Calcutta medical institutions reports 1871-78
Year: 1871
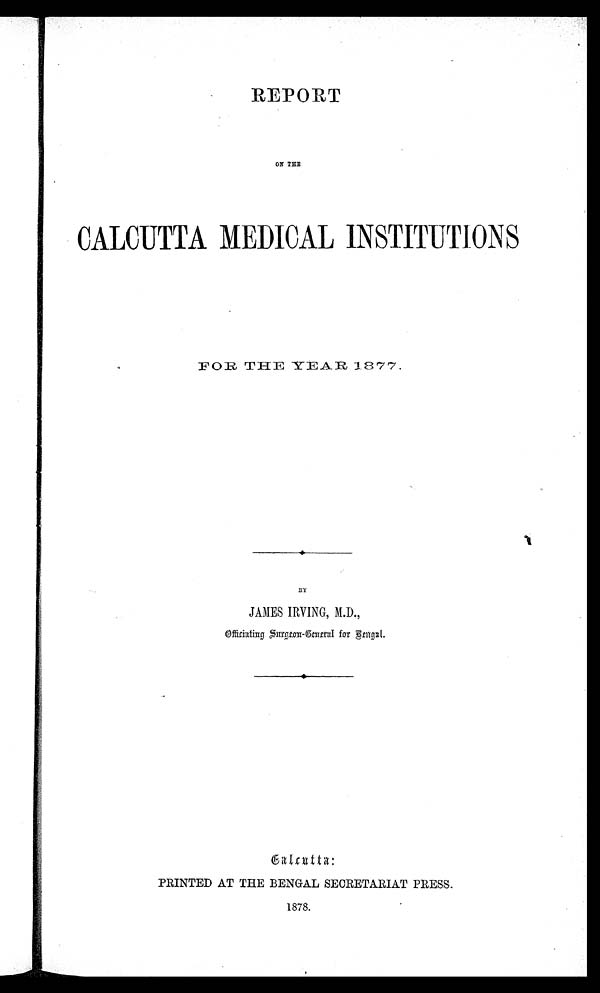
REPORT
ON THE
CALCUTTA MEDICAL INSTITUTIONS
FOR THE YEAR 1877.
BY
JAMES IRVING, M.D.,
Officiating Surgeon-General for Bengal.
Calcutta:
PRINTED AT THE BENGAL SECRETARIAT PRESS.
1878.